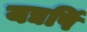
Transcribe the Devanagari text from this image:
यद्यपिं